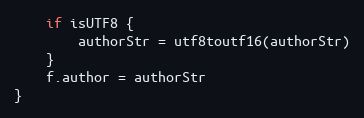
Language: Go
	if isUTF8 {
		authorStr = utf8toutf16(authorStr)
	}
	f.author = authorStr
}